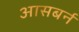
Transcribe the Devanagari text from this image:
आसबर्न